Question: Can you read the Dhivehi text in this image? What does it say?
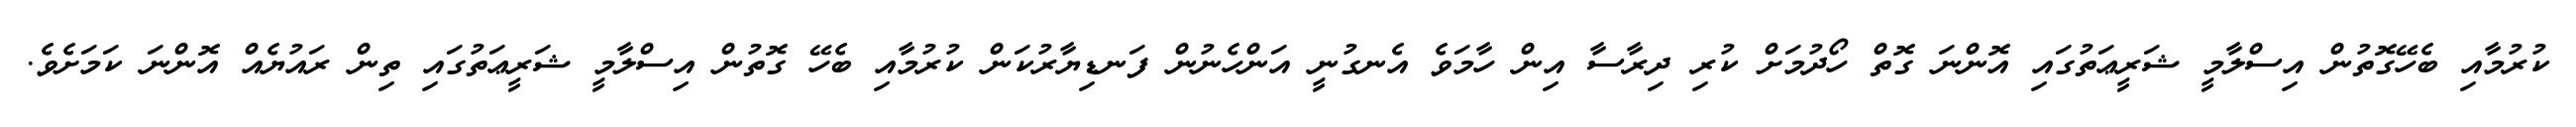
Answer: ކުރުމާއި ބެހޭގޮތުން އިސްލާމީ ޝަރީޢަތުގައި އޮންނަ ގޮތް ހޯދުމަށް ކުރި ދިރާސާ އިން ހާމަވެ އެނގުނީ އަންހެނުން ފަނޑިޔާރުކަން ކުރުމާއި ބެހޭ ގޮތުން އިސްލާމީ ޝަރީޢަތުގައި ތިން ރައުޔެއް އޮންނަ ކަމަށެވެ.